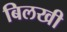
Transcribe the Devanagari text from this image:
बिलखी